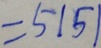
= 5 1 5 1